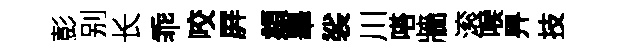
彭别长乖咬屛頫畢裟川嗒牆滚喉畀技